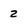
Character: 2